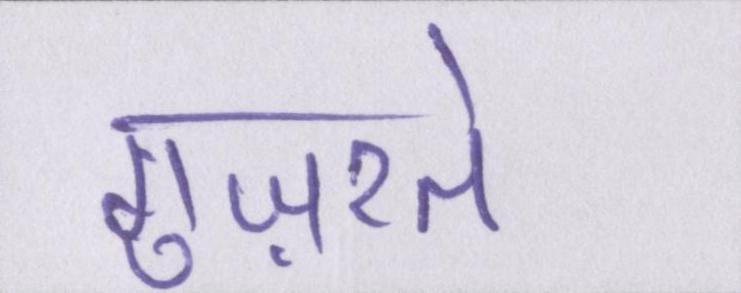
गुज़रते